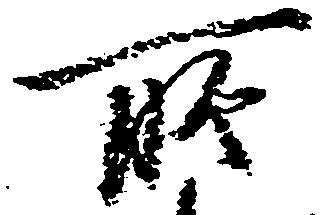
所